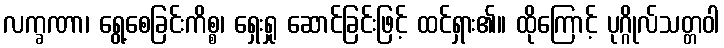
လက္ခဏာ၊ ရွေ့စေခြင်းကိစ္စ၊ ရှေးရှု ဆောင်ခြင်းဖြင့် ထင်ရှား၏။ ထိုကြောင့် ပုဂ္ဂိုလ်သတ္တဝါ